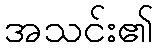
အသင်း၏